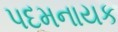
પદમનાયક